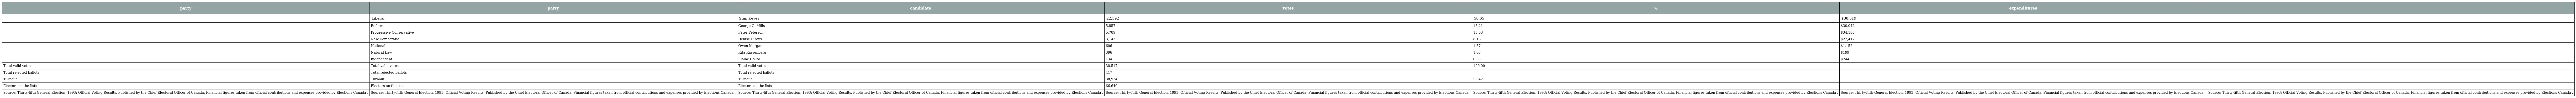
| party | party | candidate | votes | % | expenditures |  |
 | --- | --- | --- | --- | --- | --- | --- |
 |  | Liberal | Stan Keyes | 22,592 | 58.65 | $38,319 |  |
 |  | Reform | George G. Mills | 5,857 | 15.21 | $30,042 |  |
 |  | Progressive Conservative | Peter Peterson | 5,789 | 15.03 | $34,188 |  |
 |  | New Democratic | Denise Giroux | 3,143 | 8.16 | $27,417 |  |
 |  | National | Owen Morgan | 606 | 1.57 | $1,152 |  |
 |  | Natural Law | Rita Rassenberg | 396 | 1.03 | $199 |  |
 |  | Independent | Elaine Couto | 134 | 0.35 | $244 |  |
 | Total valid votes | Total valid votes | Total valid votes | 38,517 | 100.00 |  |  |
 | Total rejected ballots | Total rejected ballots | Total rejected ballots | 417 |  |  |  |
 | Turnout | Turnout | Turnout | 38,934 | 58.42 |  |  |
 | Electors on the lists | Electors on the lists | Electors on the lists | 66,640 |  |  |  |
 | Source: Thirty-fifth General Election, 1993: Official Voting Results, Published by the Chief Electoral Officer of Canada. Financial figures taken from official contributions and expenses provided by Elections Canada . | Source: Thirty-fifth General Election, 1993: Official Voting Results, Published by the Chief Electoral Officer of Canada. Financial figures taken from official contributions and expenses provided by Elections Canada . | Source: Thirty-fifth General Election, 1993: Official Voting Results, Published by the Chief Electoral Officer of Canada. Financial figures taken from official contributions and expenses provided by Elections Canada . | Source: Thirty-fifth General Election, 1993: Official Voting Results, Published by the Chief Electoral Officer of Canada. Financial figures taken from official contributions and expenses provided by Elections Canada . | Source: Thirty-fifth General Election, 1993: Official Voting Results, Published by the Chief Electoral Officer of Canada. Financial figures taken from official contributions and expenses provided by Elections Canada . | Source: Thirty-fifth General Election, 1993: Official Voting Results, Published by the Chief Electoral Officer of Canada. Financial figures taken from official contributions and expenses provided by Elections Canada . | Source: Thirty-fifth General Election, 1993: Official Voting Results, Published by the Chief Electoral Officer of Canada. Financial figures taken from official contributions and expenses provided by Elections Canada . |